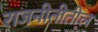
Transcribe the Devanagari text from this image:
राजनीतीतील